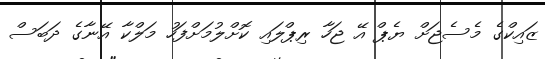
ޒައިކްގެ މެސެޖަށް ޔެޕް އޭ ޖަހާ ރިޕްލައި ކޮށްލުމަށްފަހު މަލްކާ އޭނާގެ ދަބަސް